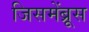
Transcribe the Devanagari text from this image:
जिसमेंब्रूस